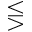
\lesseqgtr